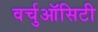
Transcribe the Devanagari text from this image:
वर्चुऑसिटी